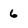
Character: 6